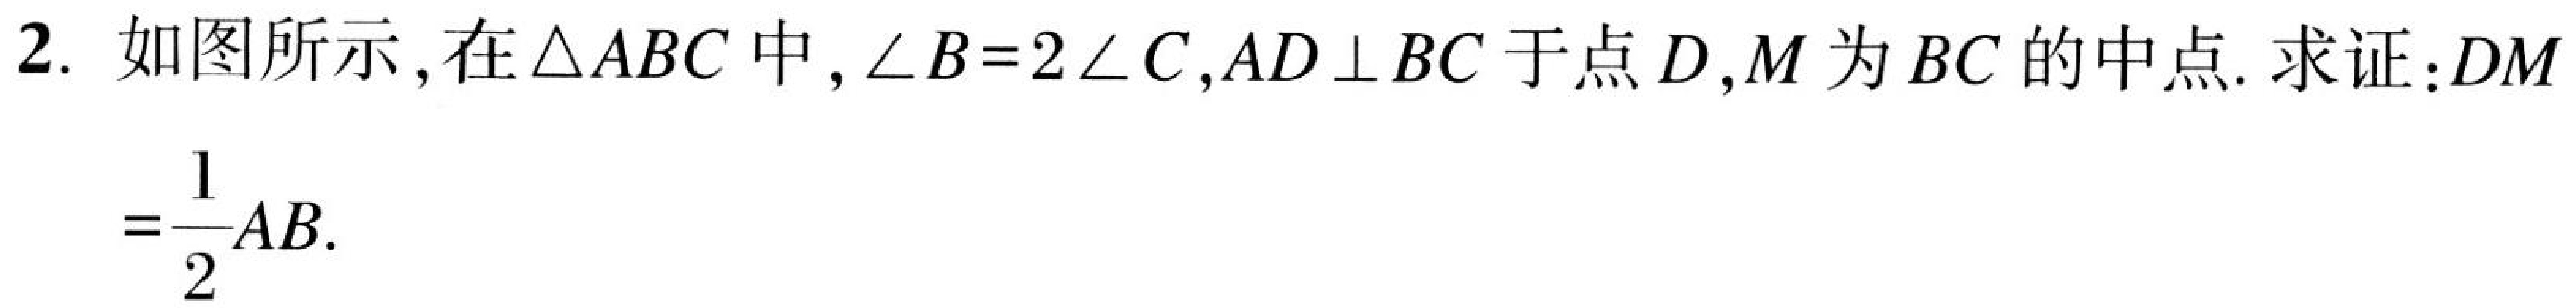
2. 如图所示,在\(\triangle ABC\)中,\(\angle B = 2\angle C\),\(AD\perp BC\)于点\(D\),\(M\)为\(BC\)的中点. 求证:\(DM=\dfrac{1}{2}AB\).